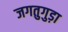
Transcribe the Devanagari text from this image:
जगतुगुड़ा